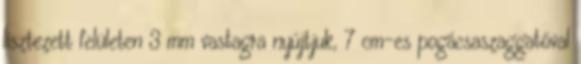
lisztezett felületen 3 mm vastagra nyújtjuk, 7 cm-es pogácsaszaggatóval